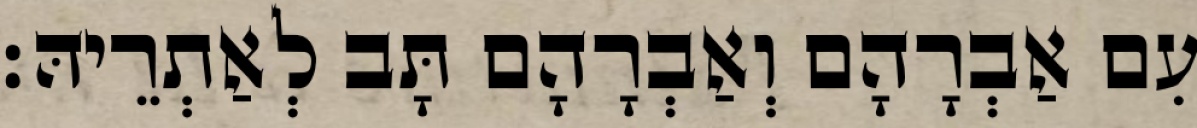
עִם אַבְרָהָם וְאַבְרָהָם תָּב לְאַתְרֵיהּ׃